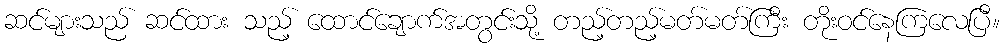
ဆင်များသည် ဆင်ထား သည့် ထောင်ချောက်အတွင်းသို့ တည့်တည့်မတ်မတ်ကြီး တိုးဝင်နေကြလေပြီ။